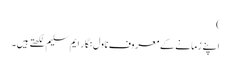
)
اپنے زمانے کے معروف ناول نگار ایم سلیم لکھتے ہیں۔